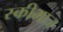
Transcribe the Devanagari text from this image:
स्कीमाज